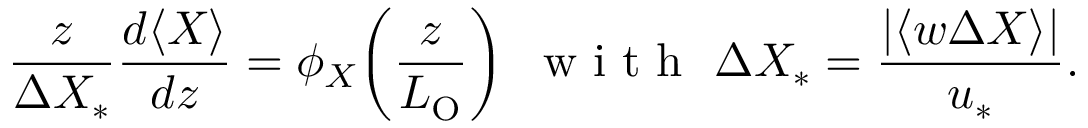
\frac { z } { { \mit \Delta } X _ { \ast } } \frac { d \langle X \rangle } { d z } = \phi _ { X } \! \left( \frac { z } { L _ { \mathrm { O } } } \right) \ \mathrm { ~ w ~ i ~ t ~ h ~ } \ { \mit \Delta } X _ { \ast } = \frac { | \langle w { \mit \Delta } X \rangle | } { u _ { \ast } } .